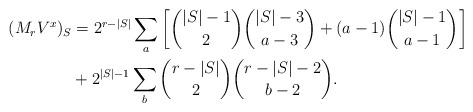
LaTeX: \begin{align*}(M_r {V}^x)_S &= 2^{r-|S|}\sum_a \left [\binom{|S|-1}{2}\binom{|S|-3}{a-3}+(a-1)\binom{|S|-1}{a-1}\right ]\\ &+2^{|S|-1}\sum_b \binom{r-|S|}{2}\binom{r-|S|-2}{b-2}.\end{align*}